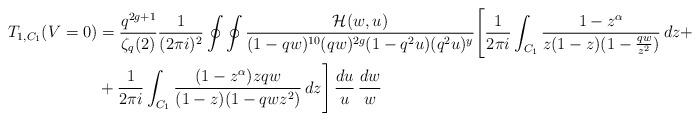
LaTeX: \begin{align*}T_{1,C_1}(V=0) &= \frac{q^{2g+1}}{\zeta_q(2)} \frac{1}{(2 \pi i)^2} \oint \oint \frac{ \mathcal{H}(w,u)}{(1-qw)^{10} (qw)^{2g}(1-q^2u)(q^2u)^y} \Bigg[ \frac{1}{2 \pi i} \int_{C_1} \frac{1-z^{\alpha}}{z(1-z)(1-\frac{qw}{z^2})} \, dz + \\& + \frac{1}{2 \pi i} \int_{C_1} \frac{(1-z^{\alpha})zqw}{(1-z)(1-qwz^2)} \, dz \Bigg] \, \frac{du}{u} \, \frac{dw}{w} \end{align*}